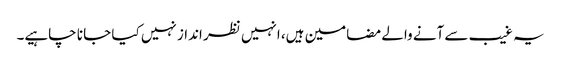
یہ غیب سے آنے والے مضامین ہیں، انہیں نظر انداز نہیں کیا جا نا چاہیے۔